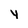
Character: y